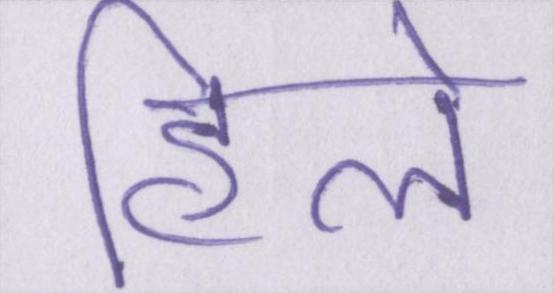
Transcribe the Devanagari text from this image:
हिले